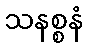
သနစ္စနံ